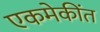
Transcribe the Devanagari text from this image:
एकमेकींत